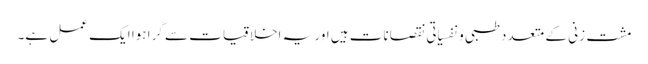
مشت زنی کے متعدد طبی و نفسیاتی نقصانات ہیں اور یہ اخلاقیات سے گرا ہوا ایک عمل ہے۔